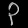
Digit: ၃